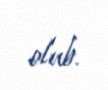
olub.